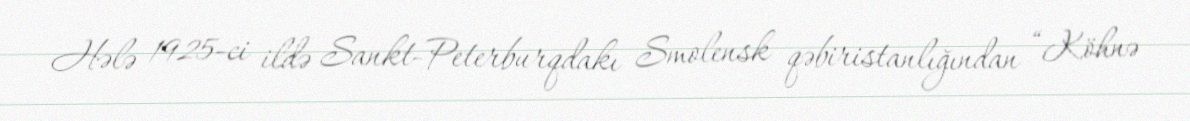
Hələ 1925-ci ildə Sankt-Peterburqdakı Smolensk qəbiristanlığından “Köhnə